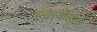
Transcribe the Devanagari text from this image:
सदस्योंवाली